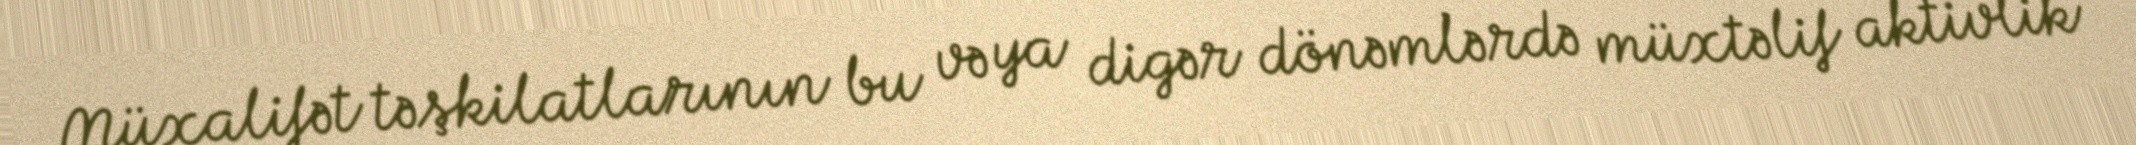
Müxalifət təşkilatlarının bu və ya digər dönəmlərdə müxtəlif aktivlik